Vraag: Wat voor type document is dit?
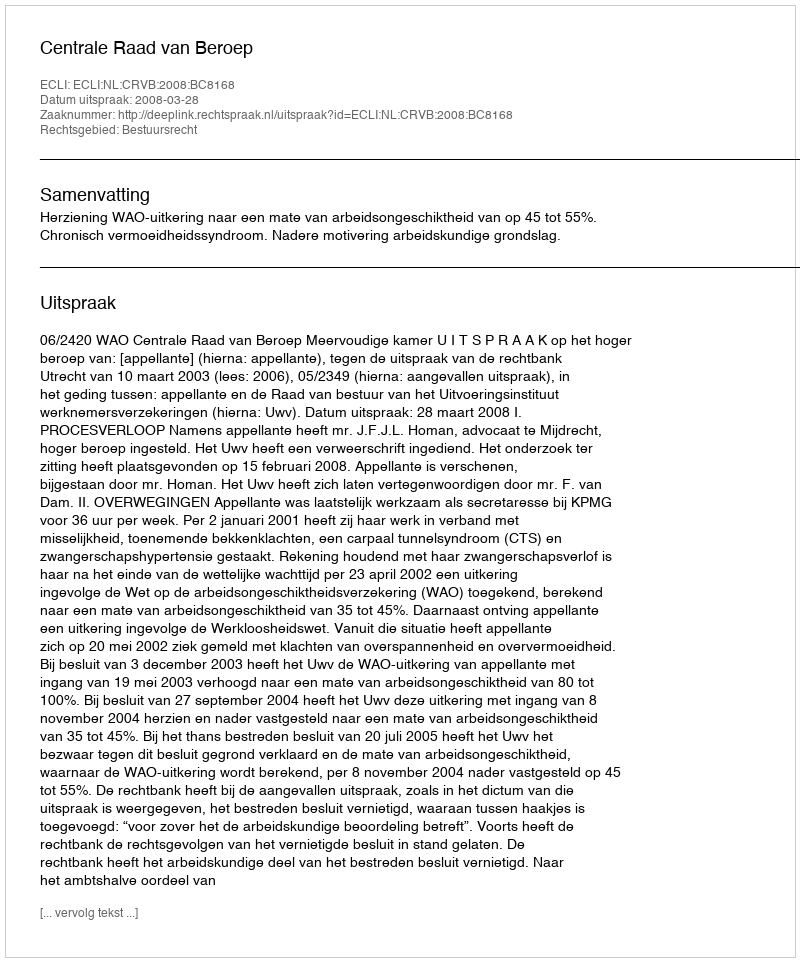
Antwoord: Uitspraak